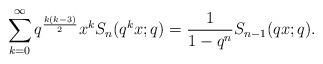
LaTeX: \begin{align*} \sum_{k=0}^{\infty} q^{\frac{k(k-3)}{2}}x^k S_n(q^kx;q)=\frac{1}{1-q^n} S_{n-1}(qx;q).\end{align*}